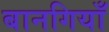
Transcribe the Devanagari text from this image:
बानगियाँ